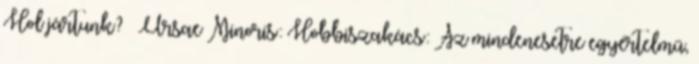
Hol jártunk? α Ursae Minoris: Hobbiszakács: Az mindenesetre egyértelmű,